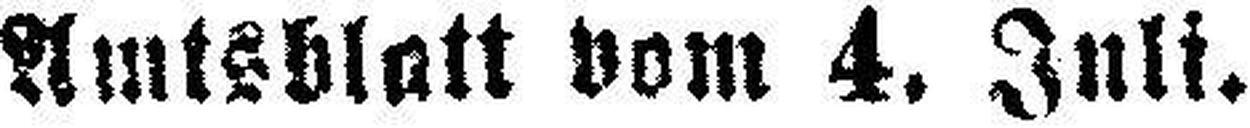
Amtsblatt vom 4. Juli.